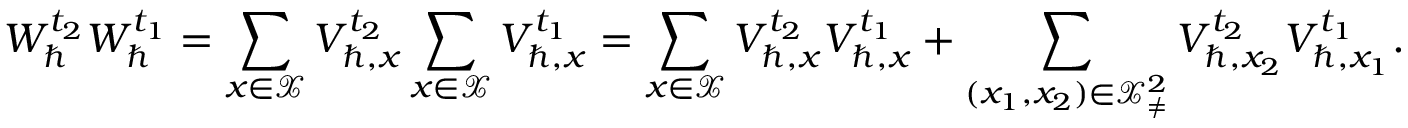
W _ { \hbar } ^ { t _ { 2 } } W _ { \hbar } ^ { t _ { 1 } } = \sum _ { x \in \mathcal { X } } V _ { \hbar , x } ^ { t _ { 2 } } \sum _ { x \in \mathcal { X } } V _ { \hbar , x } ^ { t _ { 1 } } = \sum _ { x \in \mathcal { X } } V _ { \hbar , x } ^ { t _ { 2 } } V _ { \hbar , x } ^ { t _ { 1 } } + \sum _ { ( x _ { 1 } , x _ { 2 } ) \in \mathcal { X } _ { \neq } ^ { 2 } } V _ { \hbar , x _ { 2 } } ^ { t _ { 2 } } V _ { \hbar , x _ { 1 } } ^ { t _ { 1 } } .